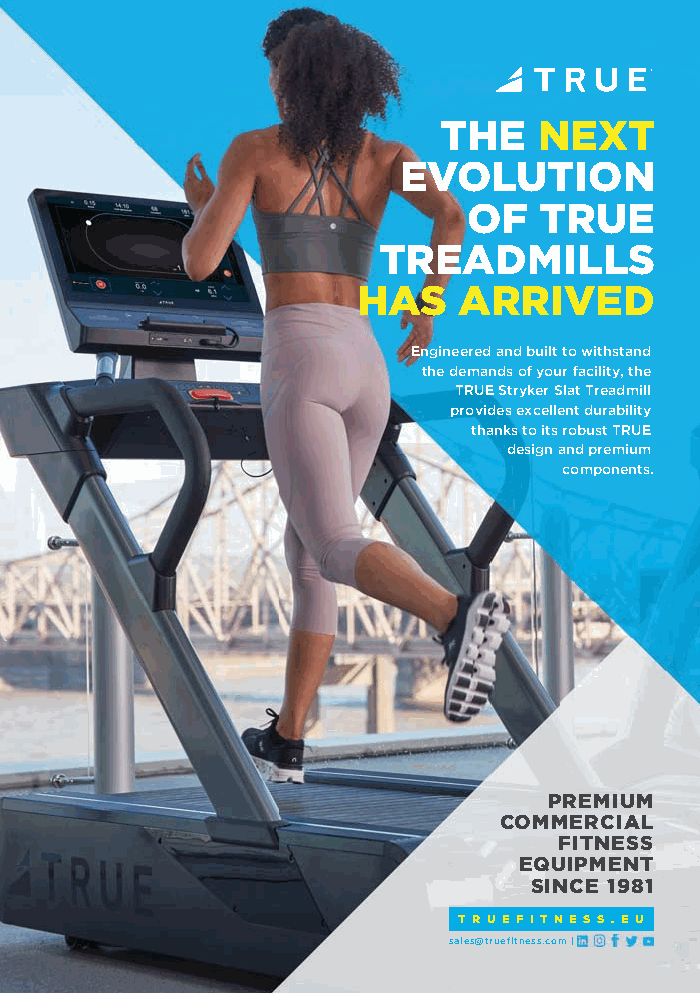
THE    NEXT
 EVOLUTION
 OF   TRUE
 TREADMILLS
 HAS   ARRIVED
 Engineered and built to withstand
 the demands of your facility, the
 TRUE Stryker Slat Treadmill
 provides excellent durability
 thanks to its robust TRUE
 design and premium
 components.
 PREMIUM
 COMMERCIAL
 FITNESS
 EQUIPMENT
 SINCE 1981
 T R U E F I T N E S S . E U
 sales@truefitness.com |